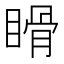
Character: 𥉄